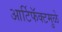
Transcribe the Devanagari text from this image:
आर्टिफॅक्टमुळे